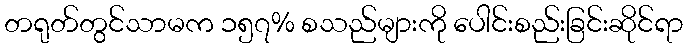
တရုတ်တွင်သာမက ၁၅၇% စသည်များကို ပေါင်းစည်းခြင်းဆိုင်ရာ